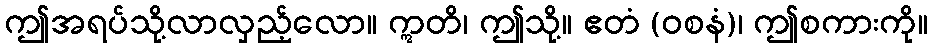
ဤအရပ်သို့လာလှည့်လော။ ဣတိ၊ ဤသို့။ ဧတံ (ဝစနံ)၊ ဤစကားကို။